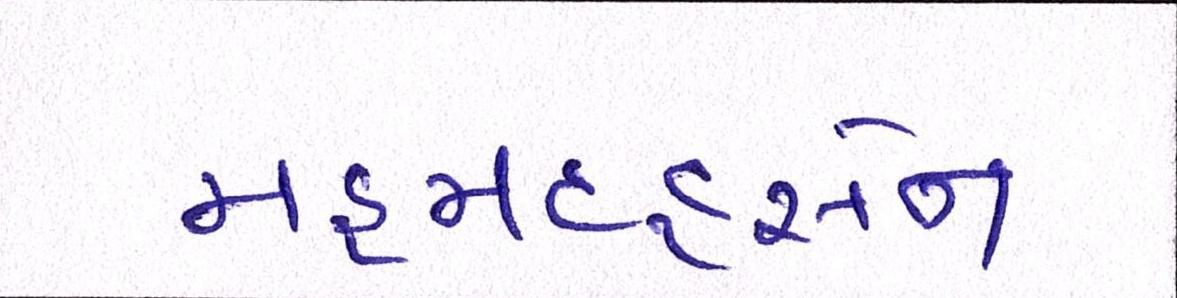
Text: મહમદહુસેન